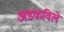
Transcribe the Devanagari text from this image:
अडकविले